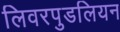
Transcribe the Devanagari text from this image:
लिवरपुडलियन